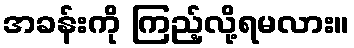
အခန်းကို ကြည့်လို့ရမလား။